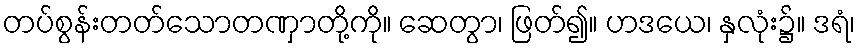
တပ်စွန်းတတ်သောတဏှာတို့ကို။ ဆေတွာ၊ ဖြတ်၍။ ဟဒယေ၊ နှလုံး၌။ ဒရံ၊